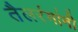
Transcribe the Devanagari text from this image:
तैलरंगांनी